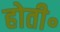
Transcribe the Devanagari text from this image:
होती॰